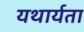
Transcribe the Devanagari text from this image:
यथार्यता